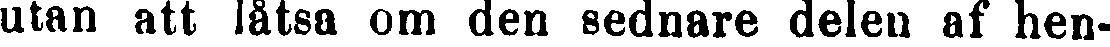
utan att låtsa om den sednare delen af hen-